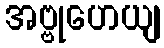
အဗ္ဗုဟေယျ